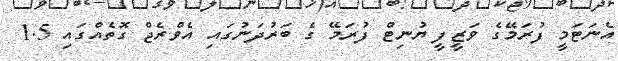
އެނަޓަމީ ފުރަމޭގެ ވަޒީފީ ޔުނިޓް ފުރަމޭ ގެ ބަރުދަނުގައި އެވްރެޖް ގޮތެއްގައި 1.5